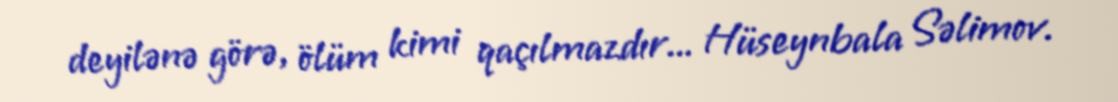
deyilənə görə, ölüm kimi qaçılmazdır... Hüseynbala Səlimov.